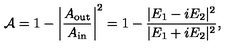
{ \cal A } = 1 - \left| { \frac { A _ { \mathrm { o u t } } } { A _ { \mathrm { i n } } } } \right| ^ { 2 } = 1 - { \frac { | E _ { 1 } - i E _ { 2 } | ^ { 2 } } { | E _ { 1 } + i E _ { 2 } | ^ { 2 } } } ,